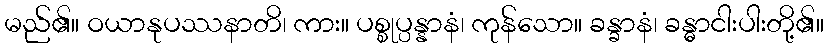
မည်၏။ ဝယာနုပဿနာတိ၊ ကား။ ပစ္စုပ္ပန္နာနံ၊ ကုန်သော။ ခန္ခာနံ၊ ခန္ဓာငါးပါးတို့၏။